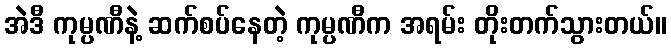
အဲဒီ ကုမ္ပဏီနဲ့ ဆက်စပ်နေတဲ့ ကုမ္ပဏီက အရမ်း တိုးတက်သွားတယ်။